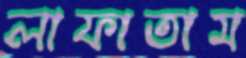
লাফাতাম